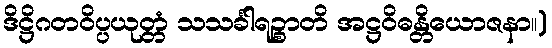
ဒိဋ္ဌိဂတဝိပ္ပယုတ္တံ သသင်္ခါရဉ္စာတိ အဋ္ဌဝိဓန္တိယောဇနာ။)